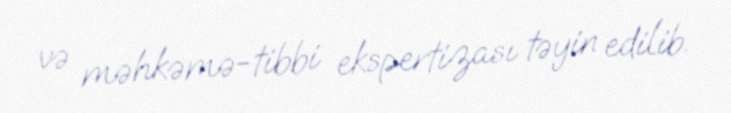
və məhkəmə-tibbi ekspertizası təyin edilib.